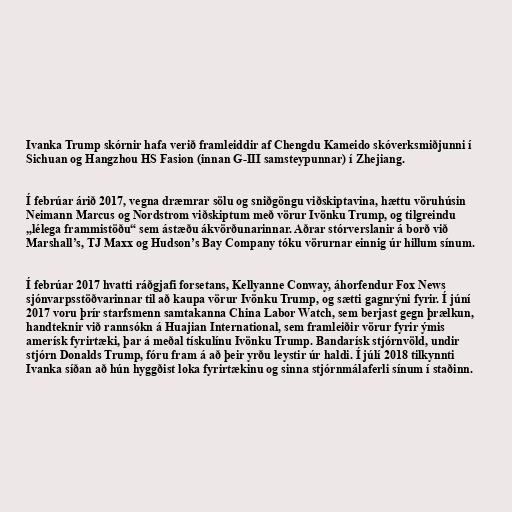
Ivanka Trump skórnir hafa verið framleiddir af Chengdu Kameido skóverksmiðjunni í
Sichuan og Hangzhou HS Fasion (innan G-III samsteypunnar) í Zhejiang.

Í febrúar árið 2017, vegna dræmrar sölu og sniðgöngu viðskiptavina, hættu vöruhúsin
Neimann Marcus og Nordstrom viðskiptum með vörur Ivönku Trump, og tilgreindu
„lélega frammistöðu“ sem ástæðu ákvörðunarinnar. Aðrar stórverslanir á borð við
Marshall’s, TJ Maxx og Hudson’s Bay Company tóku vörurnar einnig úr hillum sínum.

Í febrúar 2017 hvatti ráðgjafi forsetans, Kellyanne Conway, áhorfendur Fox News
sjónvarpsstöðvarinnar til að kaupa vörur Ivönku Trump, og sætti gagnrýni fyrir. Í júní
2017 voru þrír starfsmenn samtakanna China Labor Watch, sem berjast gegn þrælkun,
handteknir við rannsókn á Huajian International, sem framleiðir vörur fyrir ýmis
amerísk fyrirtæki, þar á meðal tískulínu Ivönku Trump. Bandarísk stjórnvöld, undir
stjórn Donalds Trump, fóru fram á að þeir yrðu leystir úr haldi. Í júlí 2018 tilkynnti
Ivanka síðan að hún hyggðist loka fyrirtækinu og sinna stjórnmálaferli sínum í staðinn.